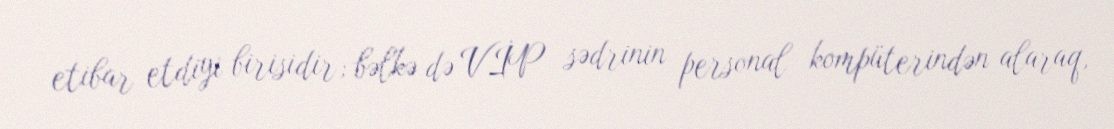
etibar etdiyi birisidir; bəlkə də VİP sədrinin personal kompüterindən alaraq,